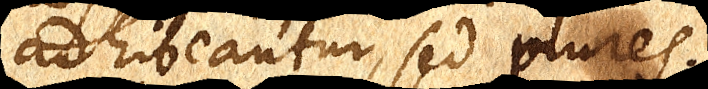
adhibeantur, sed plures.